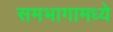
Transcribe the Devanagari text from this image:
समभागामध्ये